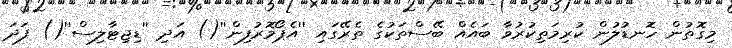
މިގޮތުން ހޮނޑުލުން ކުރިމަތިކުރުވާ ބައެއް ބޭސްތަކުގެ ތެރޭގައި ''އެޕޯމޮރުފިން''() އަދި ''ޑިޖިޓާލިސް''() ފަދަ